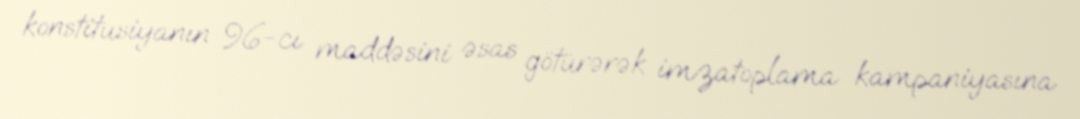
konstitusiyanın 96-cı maddəsini əsas götürərək imzatoplama kampaniyasına